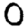
Digit: 0